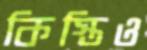
কিস্তিও